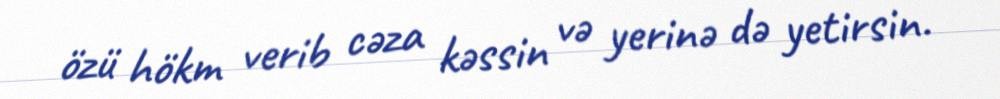
özü hökm verib cəza kəssin və yerinə də yetirsin.